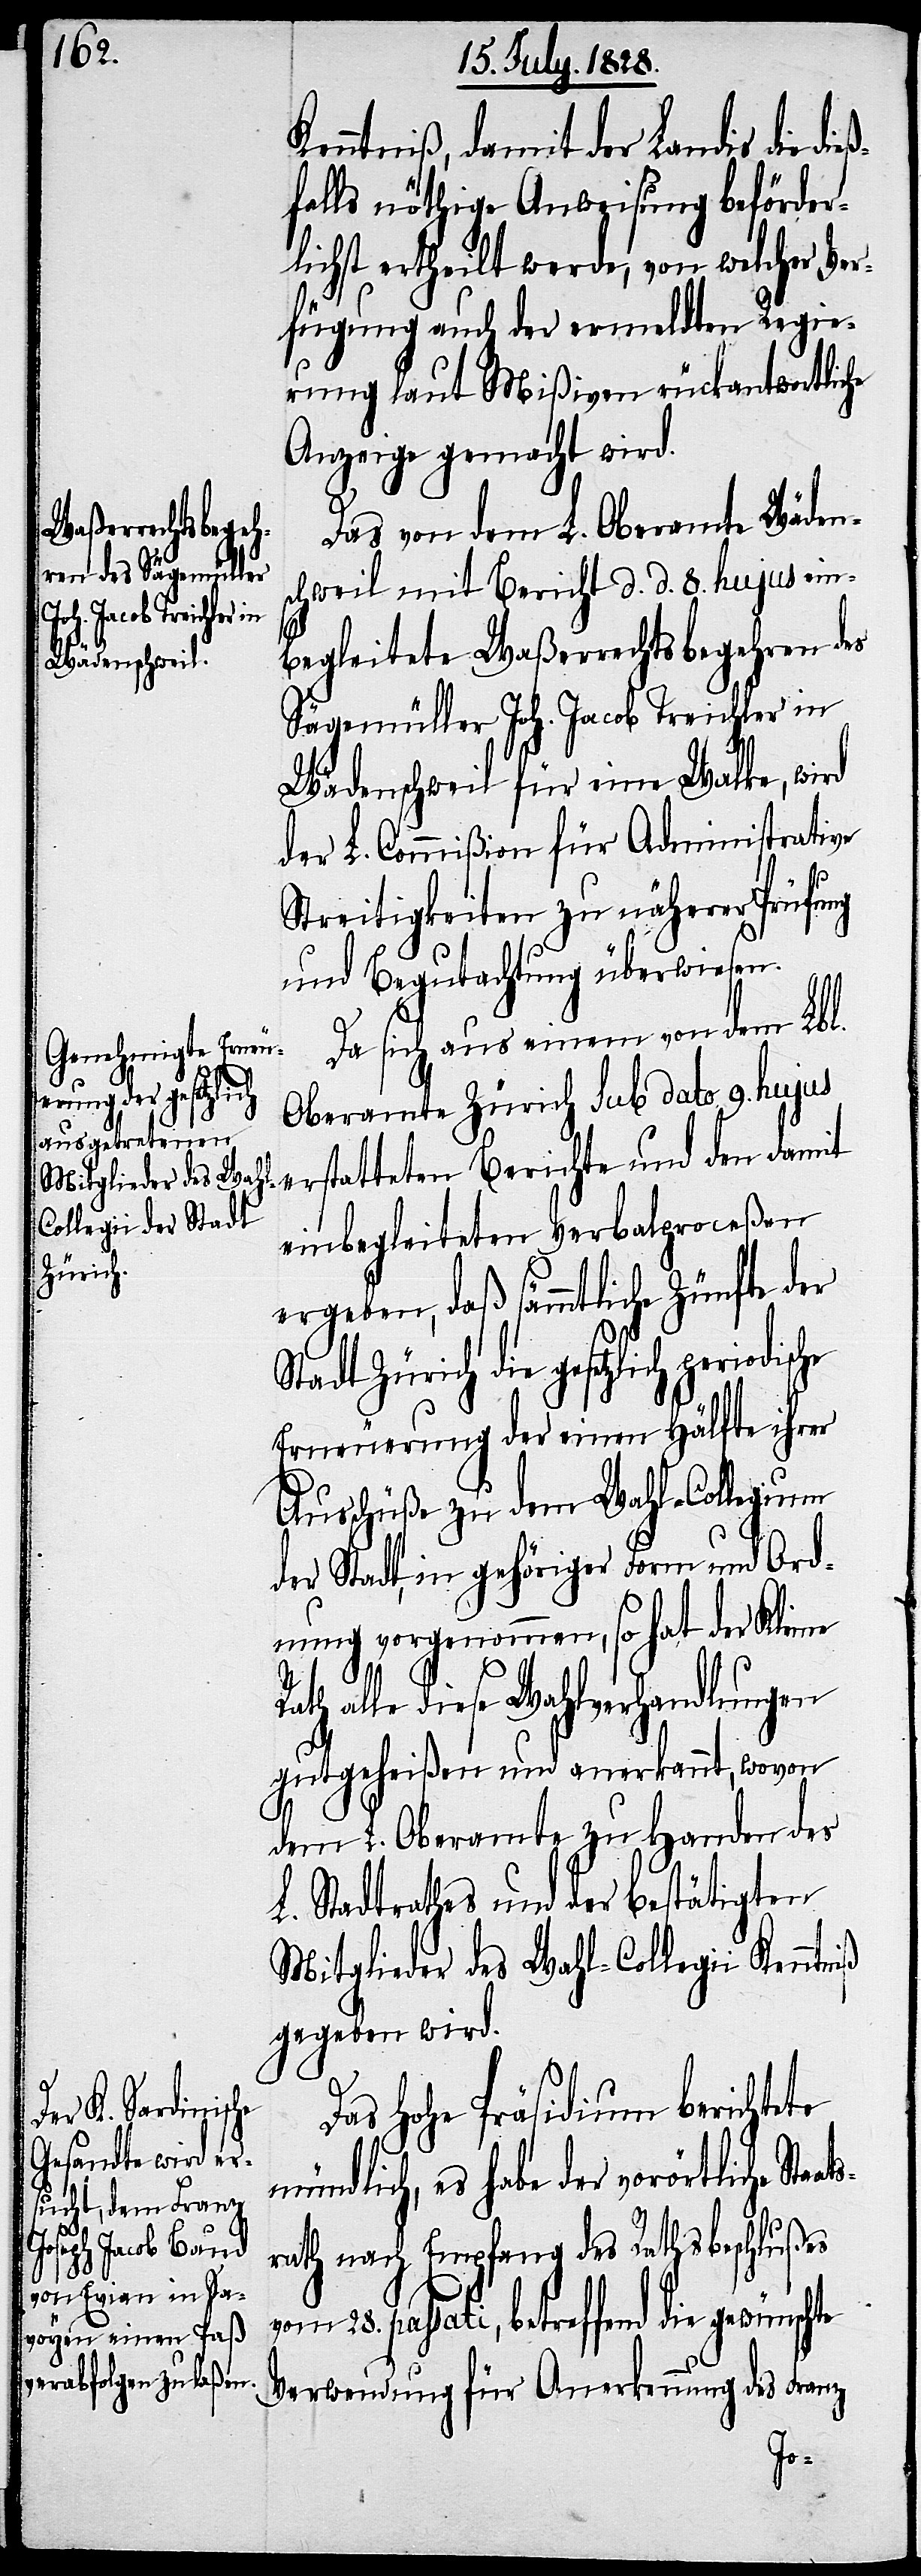
Kenntniß, damit der Landis die die¬
ßfalls nöthige Anweisung beförder¬
lichst ertheilt werde, von welcher Ver¬
fügung auch der ermeldten Regie¬
rung laut Mißiven rückantwortliche
Anzeige gemacht wird.
Das von dem L. Oberamte Wäden¬
schweil mit Bericht d. d. 8. hujus ein¬
periodische
begleitete Waßerrechtsbegehren des
Sägemüller Joh. Jacob Treichler in
Wädenschweil für eine Walke, wird
der L. Commißion für Administrative
ats¬
Streitigkeiten zu näherer Prüfung
und Begutachtung überwiesen.
Da sich aus einem von dem Lbl.
Oberamte Zürich sub dato 9. hujus
einbegleiteten Verbalproceßen
ergeben, daß sämmtliche Zünfte der
Stadt Zürich die gesetzlich
Erneuerung der einen Hälfte ihrer
Ausschüße zu dem Wahl-Collegium
der Stadt, in gehöriger Form und Ord¬
nung vorgenommen, so hat der Kleine
alle diese Wahlverhandlungen
gutgeheißen und anerkannt, wovon
dem L. Oberamte zu Handen des
L. Stadtrathes und der bestätigten
Mitglieder des Wahl-Collegii Kenn¬
gegeben wird.
Das Hohe Präsidium berichtete
mündlich, es habe der vorörtliche Sta¬
rath nach Empfang des Rathsbeschlußes
vom 28. passati, betreffend die gewünsch¬
Verwendung für Anerkennung des Franz
te